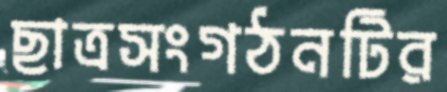
ছাত্রসংগঠনটির